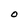
Character: O